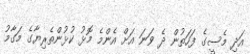
އަދި މެސީގެ ފަހަތުން ދެ ވަނަ އަށް އެންމެ މޮޅު ކުޅުންތެރިޔާގެ މަގާމު